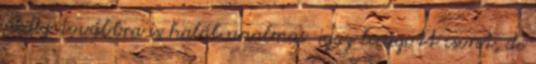
pedig továbbra is halál unalmas. igaz lerágott csont, de